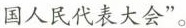
国人民代表大会”。